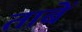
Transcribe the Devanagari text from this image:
ताबें